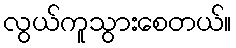
လွယ်ကူသွားစေတယ်။